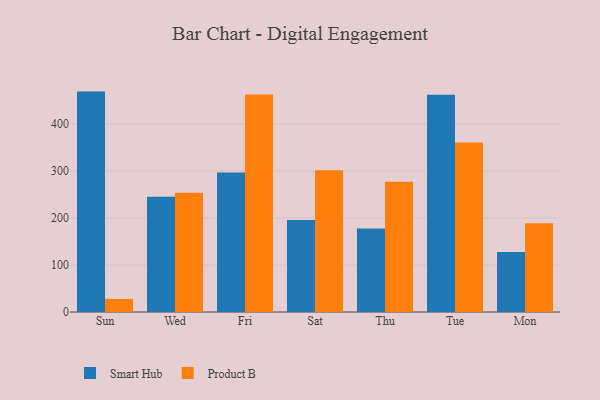
{"axis": {"x": "Day", "y": "Latency (ms)"}, "legend": ["Product B", "Smart Hub"], "data": [{"x": "Sun", "y": 469.0, "type": "Smart Hub"}, {"x": "Sun", "y": 27.9, "type": "Product B"}, {"x": "Wed", "y": 245.5, "type": "Smart Hub"}, {"x": "Wed", "y": 253.6, "type": "Product B"}, {"x": "Fri", "y": 296.8, "type": "Smart Hub"}, {"x": "Fri", "y": 462.6, "type": "Product B"}, {"x": "Sat", "y": 195.7, "type": "Smart Hub"}, {"x": "Sat", "y": 301.7, "type": "Product B"}, {"x": "Thu", "y": 177.9, "type": "Smart Hub"}, {"x": "Thu", "y": 277.1, "type": "Product B"}, {"x": "Tue", "y": 462.2, "type": "Smart Hub"}, {"x": "Tue", "y": 360.6, "type": "Product B"}, {"x": "Mon", "y": 127.6, "type": "Smart Hub"}, {"x": "Mon", "y": 188.9, "type": "Product B"}]}